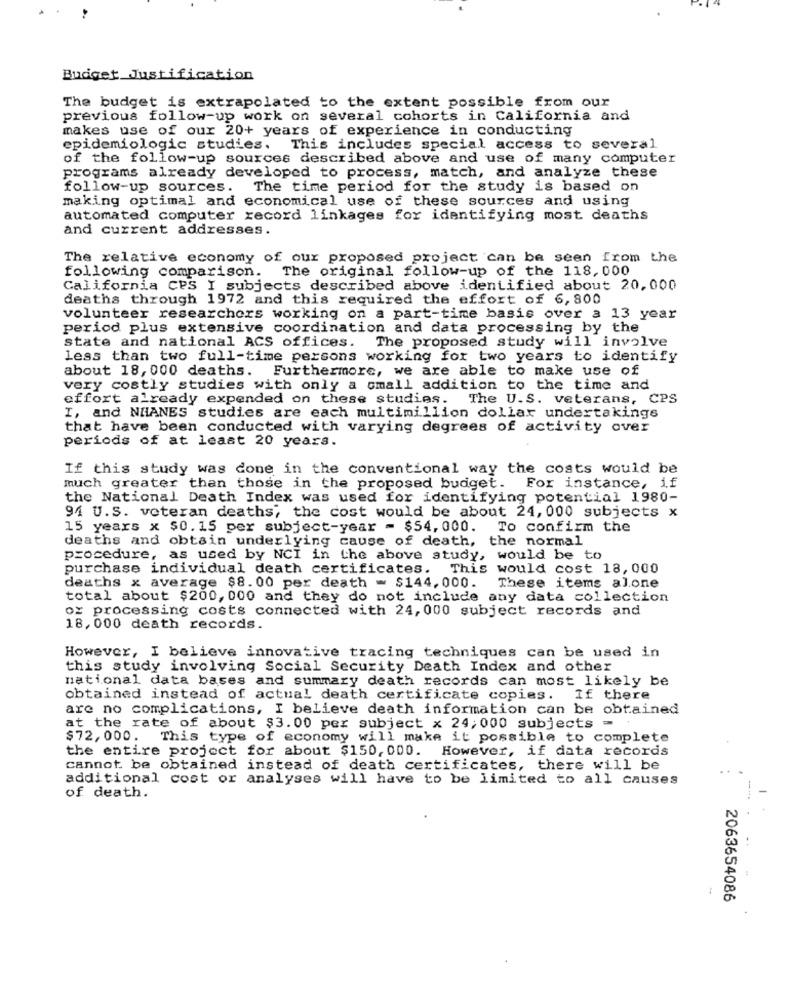
Budget_Justification
The budget is extrapolated to the extent possible from our
previous follow-up work on several cohorts in California and
makes use of our 20+ years of experience in conducting
epidemiologic studies.
This includes special access to several
of the follow-up sources described above and use of many computer
programs already developed to process, match, and analyze these
follow-up sources. The time period for the study is based on
making optimal and economical use of these sources and using
automated computer record linkages for identifying most deaths
and current addresses.
The relative economy of our proposed project can be seen from the
following comparison. The original follow-up of the 118, 000
California CPS I subjects described above identified about 20,000
deaths through 1972 and this required the effort of 6, 800
volunteer researchers working on a part-time basis over a 13 year
period plus extensive coordination and data processing by the
state and national ACS offices.
The proposed study will involve
less than two full-time persons working for two years to identify
about 18, 000 deaths. Furthermore, we are able to make use of
very costly studies with only a small addition to the time and
effort already expended on these studies. The U.S. veterans, CPS
I, and NHANES studies are each multimillion dollar undertakings
that have been conducted with varying degrees of activity over
periods of at least 20 years.
If this study was done in the conventional way the costs would be
much greater than those in the proposed budget. For instance, if
the National Death Index was used for identifying potential 1980-
94 U.S. veteran deaths, the cost would be about 24, 000 subjects x
15 years x $0.15 per subject-year = $54,000.
To confirm the
deaths and obtain underlying cause of death, the normal
procedure, as used by NCI in the above study, would be to
purchase individual death certificates. This would cost 18,000
deaths x average $8.00 per death - $144,000.
These items alone
total about $200, 000 and they do not include any data collection
of processing costs connected with 24, 000 subject records and
18, 000 death records.
However, I believe innovative tracing techniques can be used in
this study involving Social Security Death Index and other
national data bases and summary death records can most likely be
obtained instead of actual death certificate copies. If there
are no complications, I believe death information can be obtained
at the rate of about $3.00 per subject x 24,000 subjects =
$72, 000. This type of economy will make it possible to complete
the entire project for about $150, 000. However, if data records
cannot be obtained instead of death certificates, there will be
additional cost or analyses will have to be limited to all causes
-
of death.
2063654086